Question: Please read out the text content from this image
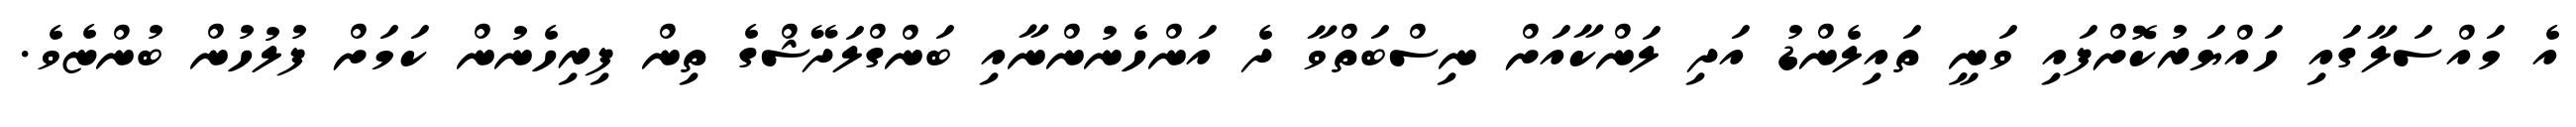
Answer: އެ މައްސަލާގައި ހައްޔަރުކޮށްފައި ވަނީ ތައިލެންޑު އަދި ލަންކާއަށް ނިސްބަތްވާ ދެ އަންހެނުންނާއި ބަންގްލަދޭޝްގެ ތިން ފިރިހެނުން ކަމަށް ފުލުހުން ބުންޏެވެ.